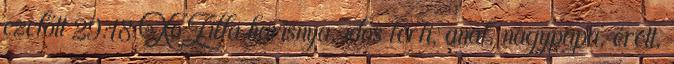
ezelőtt 29:18 XoZilla harisnya, idős férfi, anal, nagypapa, érett,